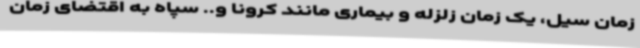
زمان سیل، یک زمان زلزله و بیماری مانند کرونا و.. سپاه به اقتضای زمان